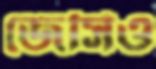
জেসিও